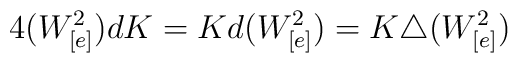
4(W_{[e]}^{2}) dK = K d(W_{[e]}^{2}) = K \triangle(W_{[e]}^{2})